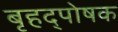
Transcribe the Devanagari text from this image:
बृहद्पोषक